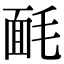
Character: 𣮿